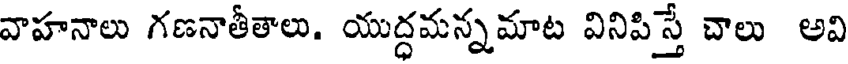
వాహనాలు గణనాతీతాలు. యుద్ధమన్నమాట వినిపిస్తే చాలు అవి